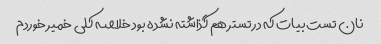
نان تست بیات که در تستر هم گذاشته نشده بود خلاصه کلی خمیر خوردم